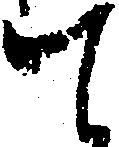
て